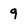
Character: 9